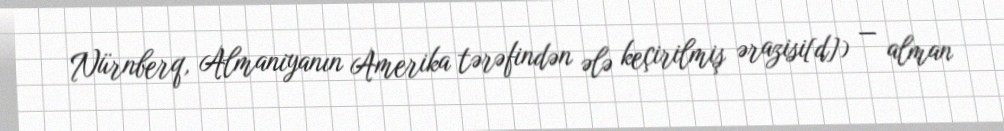
Nürnberq, Almaniyanın Amerika tərəfindən ələ keçirilmiş ərazisi[d]) — alman